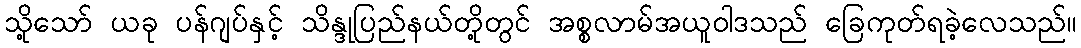
သို့သော် ယခု ပန်ဂျပ်နှင့် သိန္ဒုပြည်နယ်တို့တွင် အစ္စလာမ်အယူဝါဒသည် ခြေကုတ်ရခဲ့လေသည်။